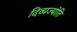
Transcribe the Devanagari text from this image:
दिव्यज्योति